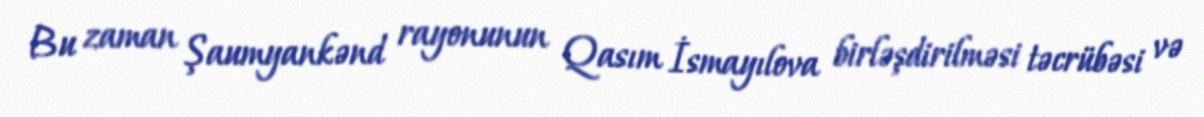
Bu zaman Şaumyankənd rayonunun Qasım İsmayılova birləşdirilməsi təcrübəsi və